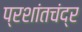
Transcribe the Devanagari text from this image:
प्रशांतचंद्र